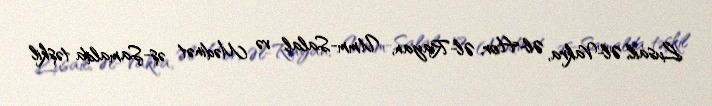
Lusail, Əl-Vakra, Əl-Hor, Əl-Rayan, Umm-Salal və Mədinət əş-Şamalda təşkil